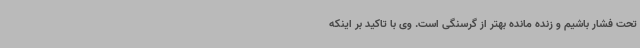
تحت فشار باشیم و زنده مانده بهتر از گرسنگی است. وی با تاکید بر اینکه